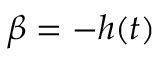
\beta = - h ( t )